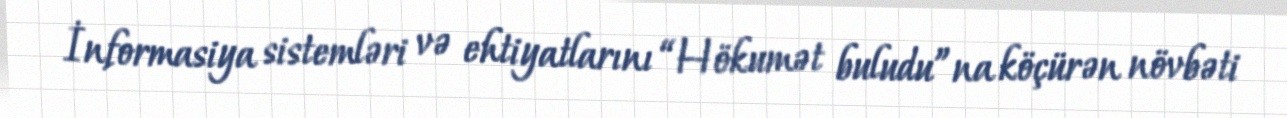
İnformasiya sistemləri və ehtiyatlarını “Hökumət buludu”na köçürən növbəti